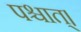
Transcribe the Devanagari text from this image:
पश्चात्‌।